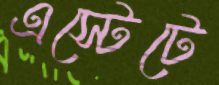
এস্টেটে